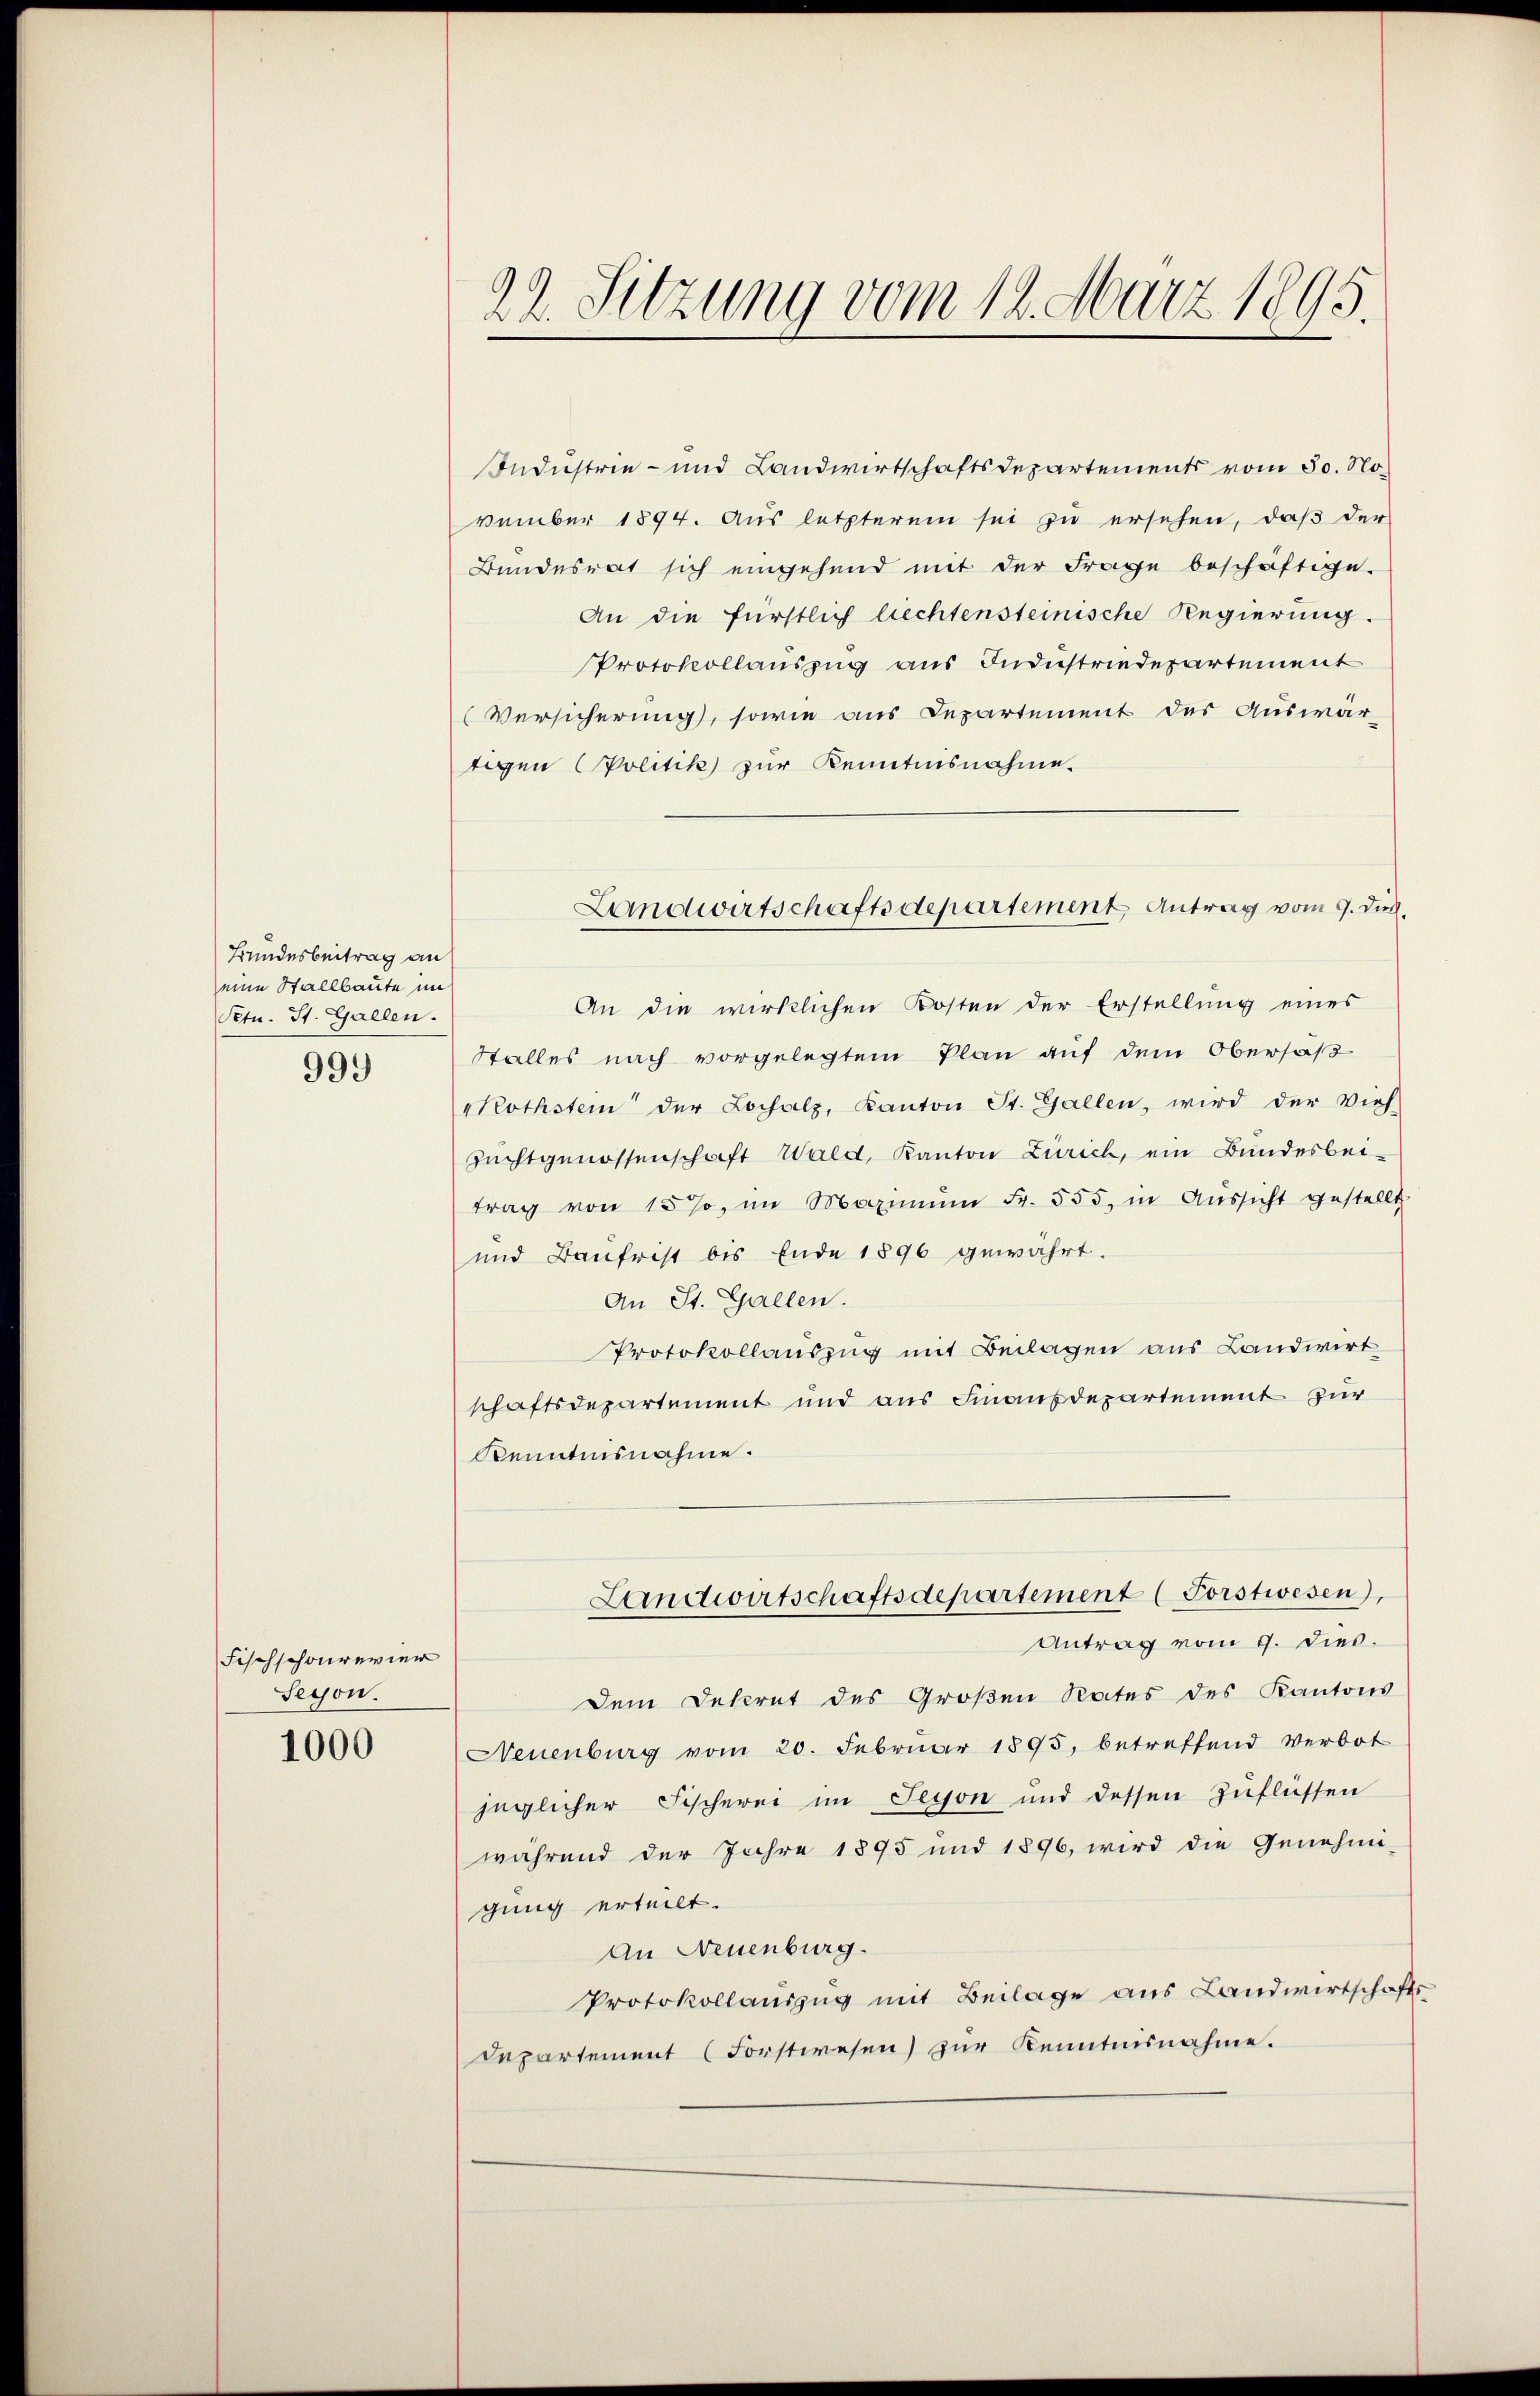
Bundesbeitrag an
eine Stallbaute im
Petn. St. Gallen.
999

Fischschonrevier
Serson.

1000

Industrie- und Landwirtschaftsdepartements vom 30. November 1894. Aus letzterem sei zu ersehen, daß der
Bundesrat sich eingehend mit der Frage beschäftige.
An die fürstlich liechtensteinische Regierung.
Protokollauszug aus Industriedepartement
(Versicherung, sowie aus Departement des Auswär-
tigen Politik zur Kenntnisnahme.
An die wirklichen Kosten der Erstellŭng eines
Stalles nach vorgelegtem Plan auf dem Obersäß
rothstein der Lochalz, Kanton St. Gallen, wird der Vieh-
Zuchtgenossenschaft Wald, Kanton Zürich, ein Bundesbei-
trag von 157, im Maximŭm Fr. 555, in Aŭssicht gestellt
und Baufrist bis Ende 1896 gewährt.
An St. Gallen.
Protokollauszug mit Beilagen aus Landwirt
schaftsdepartement und aus Finanzdepartement zur
Kenntnisnahme.
Landwirtschaftsdepartement (Forstwesen),
Antrag vom 9. dies.
Dem Dekret des Großen Rates des Kantons
Neuenburg vom 20. Februar 1895, betreffend verbot
jüglicher Fischerei im Seyon und dessen Zuflüssen
während der Jahre 1895 und 1896, wird die Genehmi-
gung erteilt.
An Neuenburg.
Protokollauszug mit Beilage aus Landwirtschafts
Departement (Forstwesen) zur Kenntnisnahme.

22. Sitzung vom 18. März 1895.

Landwirtschaftsdepartement Antrag vom 9. Duc.